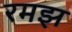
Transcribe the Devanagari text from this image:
रमझ